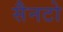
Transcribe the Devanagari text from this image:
सैनटो